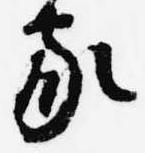
家